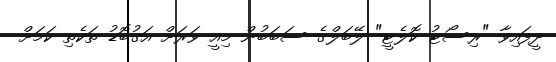
ދީފައިވާ "ރިސޯޓު ކޮލެޓީ" ލޭބަލްގެ ސަބަބުން މިއީ ވަރަށް އަގުބޮޑު ތަކެތި ކަމަށް